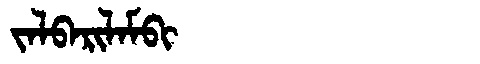
Manchu: ᠵᠠᠯᠪᠠᡵᡳᠯᠠᠮᠪᡳ
Romanization: JALBARILAMBI